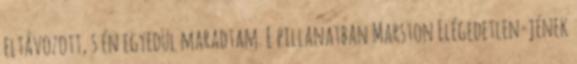
eltávozott, s én egyedül maradtam. E pillanatban Marston Elégedetlen-jének